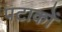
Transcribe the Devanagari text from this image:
पटाकों